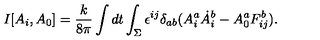
I [ A _ { i } , A _ { 0 } ] = \frac { k } { 8 \pi } \int d t \int _ { \Sigma } \epsilon ^ { i j } \delta _ { a b } ( A _ { i } ^ { a } \dot { A } _ { i } ^ { b } - A _ { 0 } ^ { a } F _ { i j } ^ { b } ) .